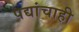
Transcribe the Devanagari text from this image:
पद्यांचाही